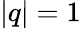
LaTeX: |q|=1